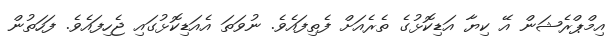
އިމްޕްރެޝަން އޭ ކިޔާ އަޑިކޮޅުގެ ތެރެއަށް ފެތިފައެވެ. ނުވަތަ އެއަޑިކޮޅުގައި ޖެހިފައެވެ. ފަހަތުން